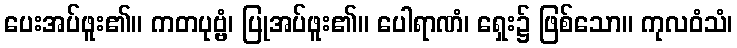
ပေးအပ်ဖူး၏။ ကတပုဗ္ဗံ၊ ပြုအပ်ဖူး၏။ ပေါရာဏံ၊ ရှေး၌ ဖြစ်သော။ ကုလဝံသံ၊